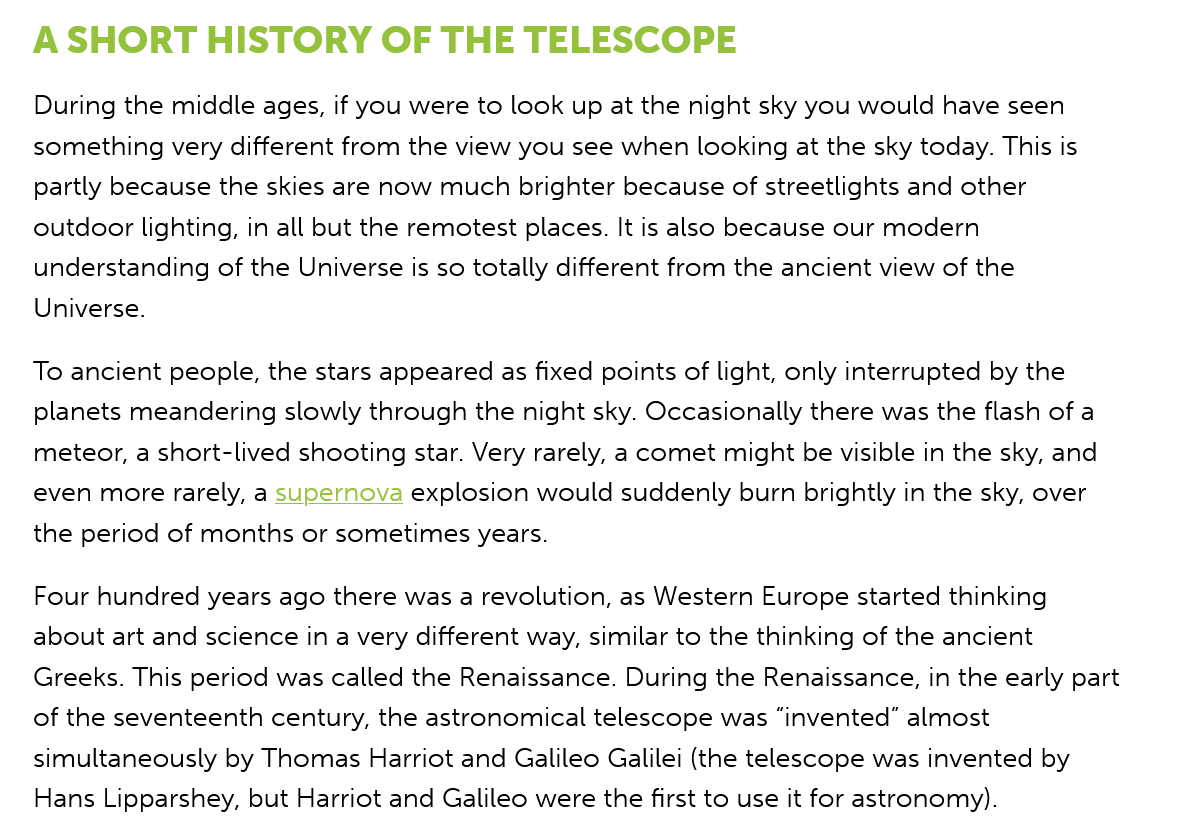
A SHORT   HISTORY    OF    THE   TELESCOPE
   During the middle ages, if you were to look up at the night sky you would have seen
   something very different from the view you see when looking at the sky today. This is
   partly because the skies are now much brighter because of streetlights and other
   outdoor lighting, in all but the remotest places. It is also because our modern
   understanding of the Universe is so totally different from the ancient view of the
   Universe.
   To ancient people, the stars appeared as fixed points of light, only interrupted by the
   planets meandering slowly through the night sky. Occasionally there was the flash of a
   meteor, a short-lived shooting star. Very rarely, a comet might be visible in the sky, and
   even more rarely, a supernova explosion would suddenly burn brightly in the sky, over
   the period of months or sometimes years.
   Four hundred years ago there was a revolution, as Western Europe started thinking
   about art and science in a very different way, similar to the thinking of the ancient
   Greeks. This period was called the Renaissance. During the Renaissance, in the early part
   of the seventeenth century, the astronomical telescope was “invented” almost
   simultaneously by Thomas Harriot and Galileo Galilei (the telescope was invented by
   Hans Lipparshey, but Harriot and Galileo were the first to use it for astronomy).